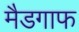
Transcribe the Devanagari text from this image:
मैडगाफ